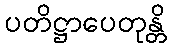
ပတိဋ္ဌာပေတုန္တိ